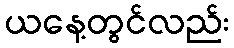
ယနေ့တွင်လည်း